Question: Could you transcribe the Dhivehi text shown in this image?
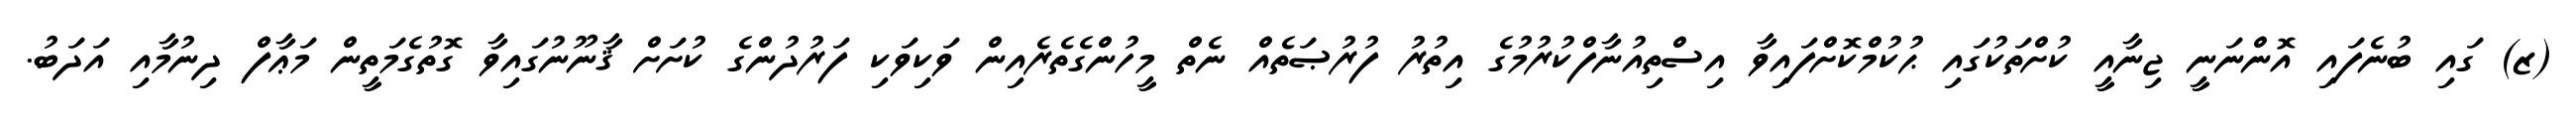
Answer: (ޒ) ގައި ބުނެފައި އޮންނަނީ ޖިނާއީ ކުށްތަކުގައި ޙުކުމްކޮށްފައިވާ އިސްތިއުނާފްކުރުމުގެ އިތުރު ފުރުޞަތެއް ނެތް މީހުންގެތެރެއިން ވަކިވަކި ފަރުދުންގެ ކުށަށް ޤާނޫނުގައިވާ ގޮތުގެމަތީން މަޢާފް ދިނުމާއި އަދަބު.